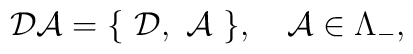
{\cal DA} = \{ \ {\cal D}, \ {\cal A} \ \}, \quad {\cal A} \in \Lambda_{-},